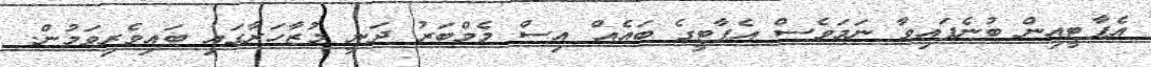
އެޕާޓީއިން ބުނެފައިވާ ނަމަވެސް އެޕާޓީގެ ބައެއް އިސް މެމްބަރު ދަނީ މުޒާހަރާގައި ބައިވެރިވަމުން.